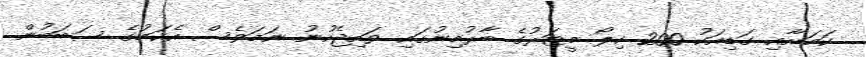
ކަމަށާއި ގަޑިއަކު 200 ކިލޯ މީޓަރުގެ ބާރުމިނުގައި ވައިޖެހުނު ނަމަވެސް އެކަމުގެ ސަބަބުން